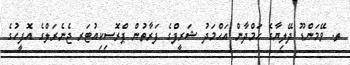
ތ. ވޭމަންޑޫ ދޭލިޔާގެ ޙަމްދާން އަޙްމަދު ޝަރީފްގެ ފަރާތުން ޕްރޮސިކިއުޓަރ ޖެނެރަލްގެ އޮފީހުގެ